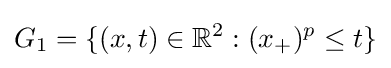
G_{1}=\{(x,t)\in \mathbb {R} ^{2}:(x_{+})^{p}\leq t\}